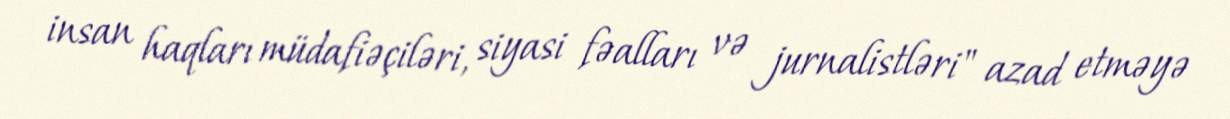
insan haqları müdafiəçiləri, siyasi fəalları və jurnalistləri" azad etməyə